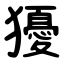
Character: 獶